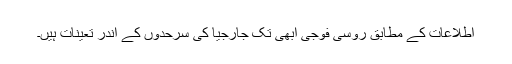
اطلاعات کے مطابق روسی فوجی ابھی تک جارجیا کی سرحدوں کے اندر تعینات ہیں۔